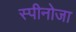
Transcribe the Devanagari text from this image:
स्पीनोजा